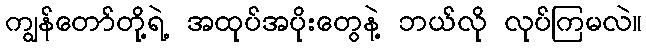
ကျွန်တော်တို့ရဲ့ အထုပ်အပိုးတွေနဲ့ ဘယ်လို လုပ်ကြမလဲ။